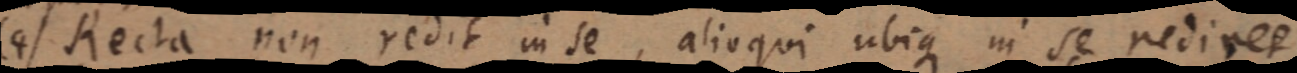
(4) Recta non redit in se, alioqui ubique in se rediret